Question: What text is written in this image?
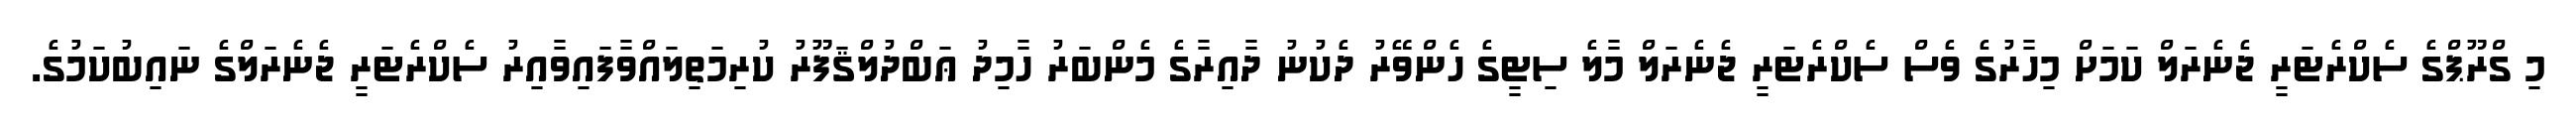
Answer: މި ގްރޫޕްގެ ސެކްރެޓަރީ ޖެނެރަލް ކަމަށް މިހާރުގެ ވެސް ސެކްރެޓަރީ ޖެނެރަލް މާލެ ސިޓީގެ ހެންވޭރު ދެކުނު ދާއިރާގެ މެންބަރު ހާމިދު ޢަބްދުލްޤަފޫރު ކުރިމަތިލައްވާފައިވާއިރު ސެކްރެޓަރީ ޖެނެރަލްގެ ނައިބުކަމުގެ.